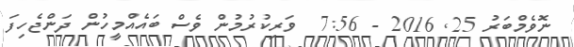
ނޮވެމްބަރު 25